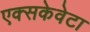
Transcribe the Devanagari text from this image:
एक्सकेवेटा